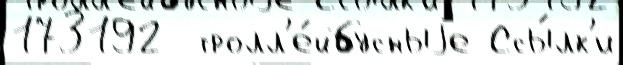
173192  тролл'е́йбусныjе Ссы́лк'и